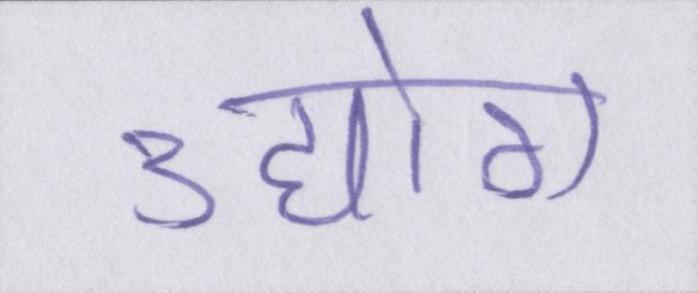
उद्योग